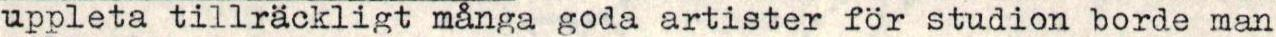
uppleta tillräckligt många goda artister för studion borde man